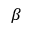
\beta